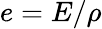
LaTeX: e=E/\rho